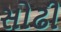
સોઢી